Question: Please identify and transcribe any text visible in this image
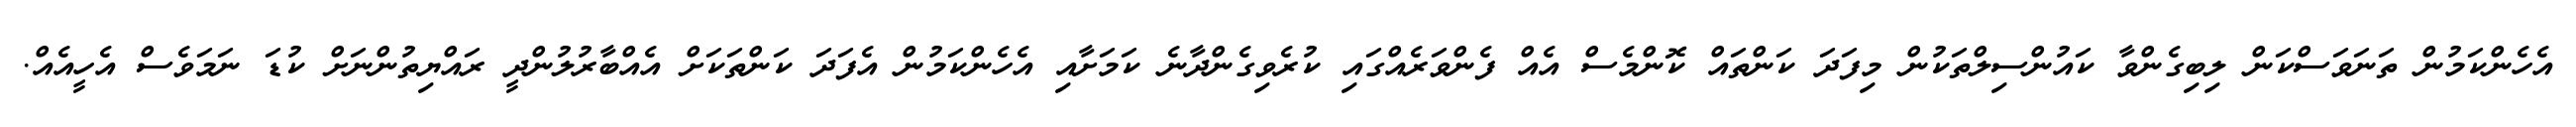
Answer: އެހެންކަމުން ތަނަވަސްކަން ލިބިގެންވާ ކައުންސިލްތަކުން މިފަދަ ކަންތައް ކޮންމެސް އެއް ފެންވަރެއްގައި ކުރެވިގެންދާނެ ކަމަށާއި އެހެންކަމުން އެފަދަ ކަންތަކަށް އެއްބާރުލުންދީ ރައްޔިތުންނަށް ކުޑަ ނަމަވެސް އެހީއެއް.